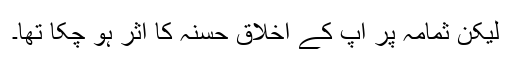
لیکن ثمامہ پر آپ کے اخلاق حسنہ کا اثر ہو چکا تھا۔